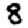
Digit: 8